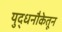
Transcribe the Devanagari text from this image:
युद्धनौकेतून